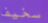
سخيف